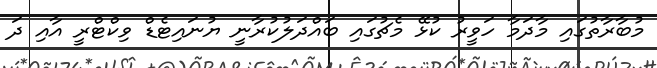
މުބާރާތުގައި މާދަމާ ހަވީރު ކުޅޭ މެޗުގައި ބައްދަލުކުރާނީ ޔުނައިޓެޑް ވިކްޓްރީ އާއި ދަ